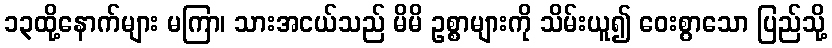
၁၃ထို့နောက်များ မကြာ၊ သားအငယ်သည် မိမိ ဥစ္စာများကို သိမ်းယူ၍ ဝေးစွာသော ပြည်သို့